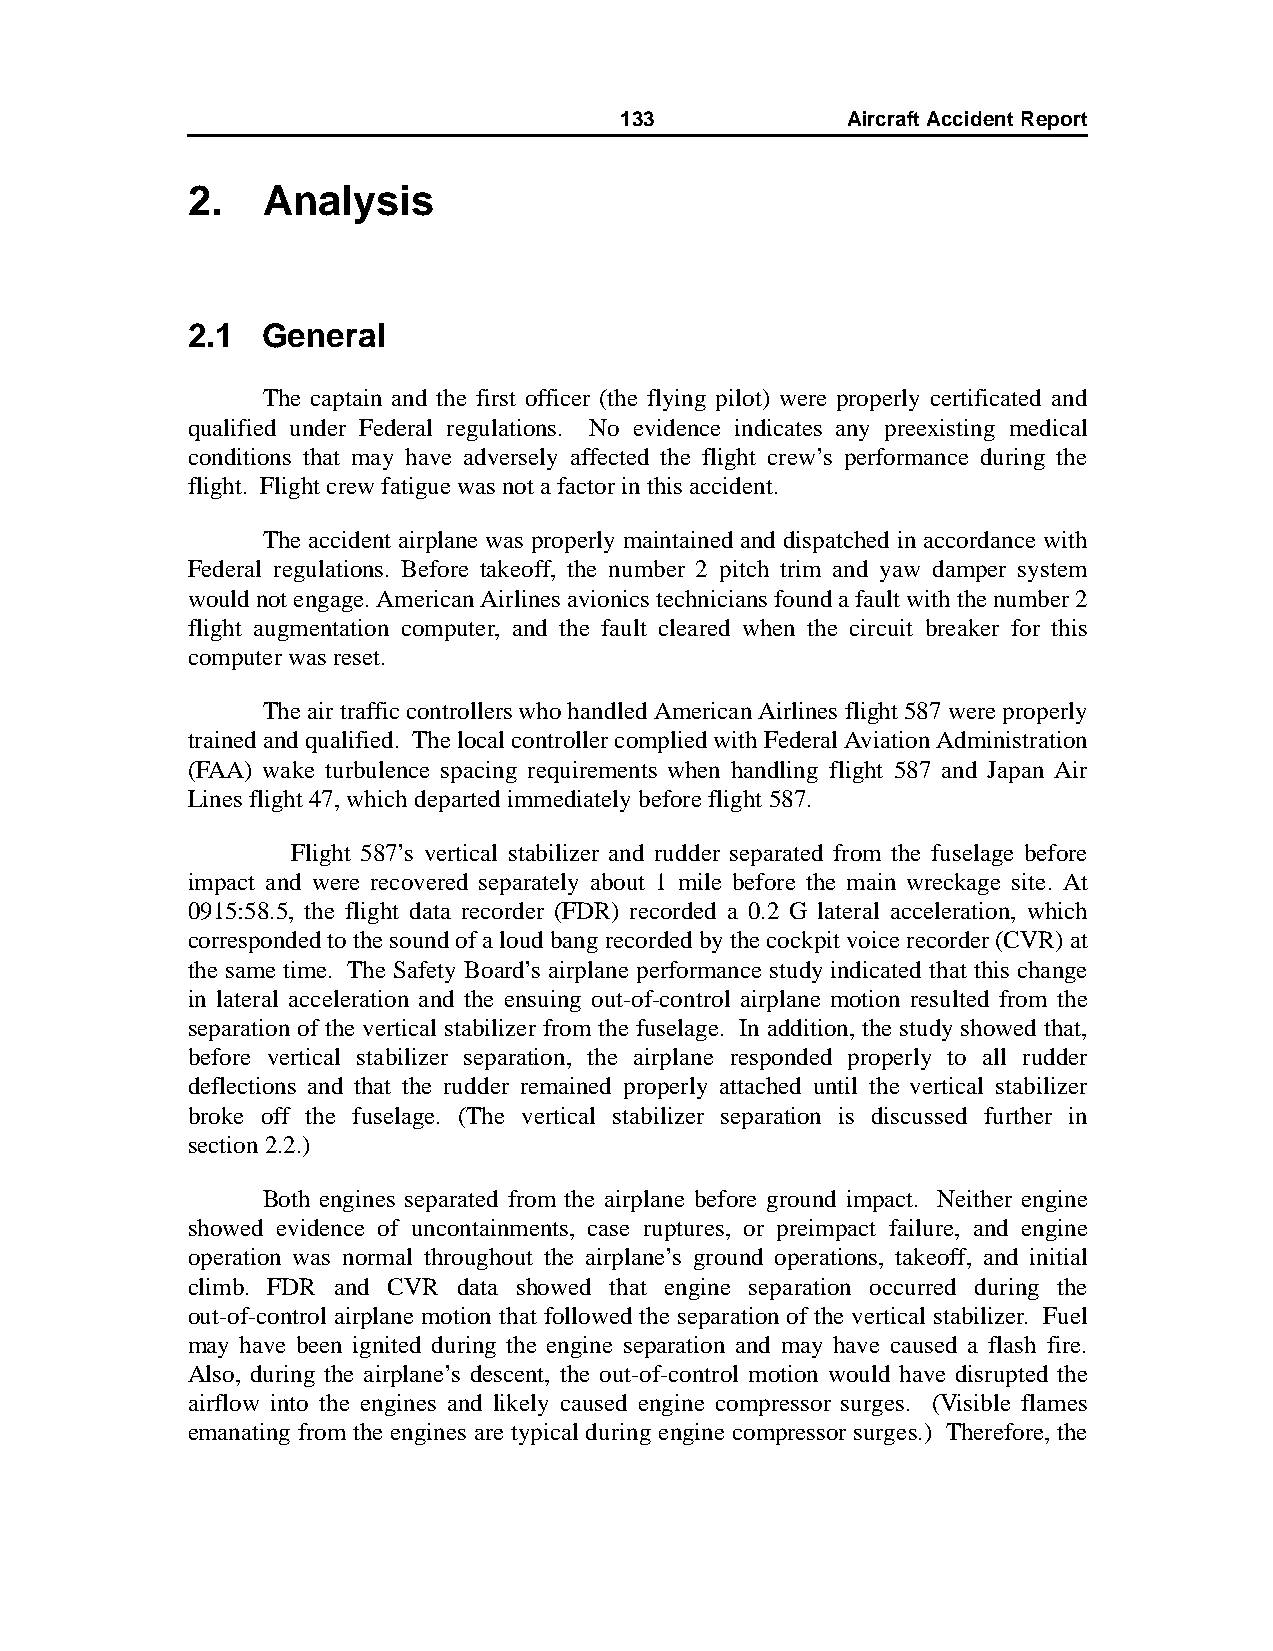
133            AircraftAccidentReport
 2.   Analysis
 2.1  General
 The captain and the first officer (the flying pilot) were properly certificated and
 qualified under Federal regulations. No evidence indicates any preexisting medical
 conditions that may have adversely affected the flight crew’s performance during the
 flight. Flight crew fatigue was not a factor in this accident.
 The accident airplane was properly maintained and dispatched in accordance with
 Federal regulations. Before takeoff, the number 2 pitch trim and yaw damper system
 would not engage. American Airlines avionics technicians found a fault with the number 2
 flight augmentation computer, and the fault cleared when the circuit breaker for this
 computer was reset.
 The air traffic controllers who handled American Airlines flight 587 were properly
 trained and qualified. The local controller complied with Federal Aviation Administration
 (FAA) wake turbulence spacing requirements when handling flight 587 and Japan Air
 Lines flight 47, which departed immediately before flight 587.
 Flight 587’s vertical stabilizer and rudder separated from the fuselage before
 impact and were recovered separately about 1 mile before the main wreckage site. At
 0915:58.5, the flight data recorder (FDR) recorded a 0.2 G lateral acceleration, which
 corresponded to the sound of a loud bang recorded by the cockpit voice recorder (CVR) at
 the same time. The Safety Board’s airplane performance study indicated that this change
 in lateral acceleration and the ensuing out-of-control airplane motion resulted from the
 separation of the vertical stabilizer from the fuselage. In addition, the study showed that,
 before vertical stabilizer separation, the airplane responded properly to all rudder
 deflections and that the rudder remained properly attached until the vertical stabilizer
 broke off the fuselage. (The vertical stabilizer separation is discussed further in
 section2.2.)
 Both engines separated from the airplane before ground impact. Neither engine
 showed evidence of uncontainments, case ruptures, or preimpact failure, and engine
 operation was normal throughout the airplane’s ground operations, takeoff, and initial
 climb. FDR and CVR data showed that engine separation occurred during the
 out-of-control airplane motion that followed the separation of the vertical stabilizer. Fuel
 may have been ignited during the engine separation and may have caused a flash fire.
 Also, during the airplane’s descent, the out-of-control motion would have disrupted the
 airflow into the engines and likely caused engine compressor surges. (Visible flames
 emanating from the engines are typical during engine compressor surges.) Therefore, the